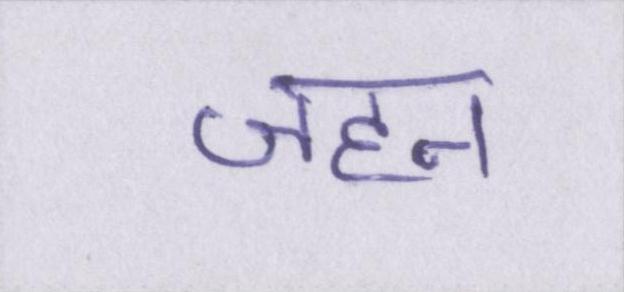
जहन